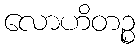
လောဟိတဉ္စ